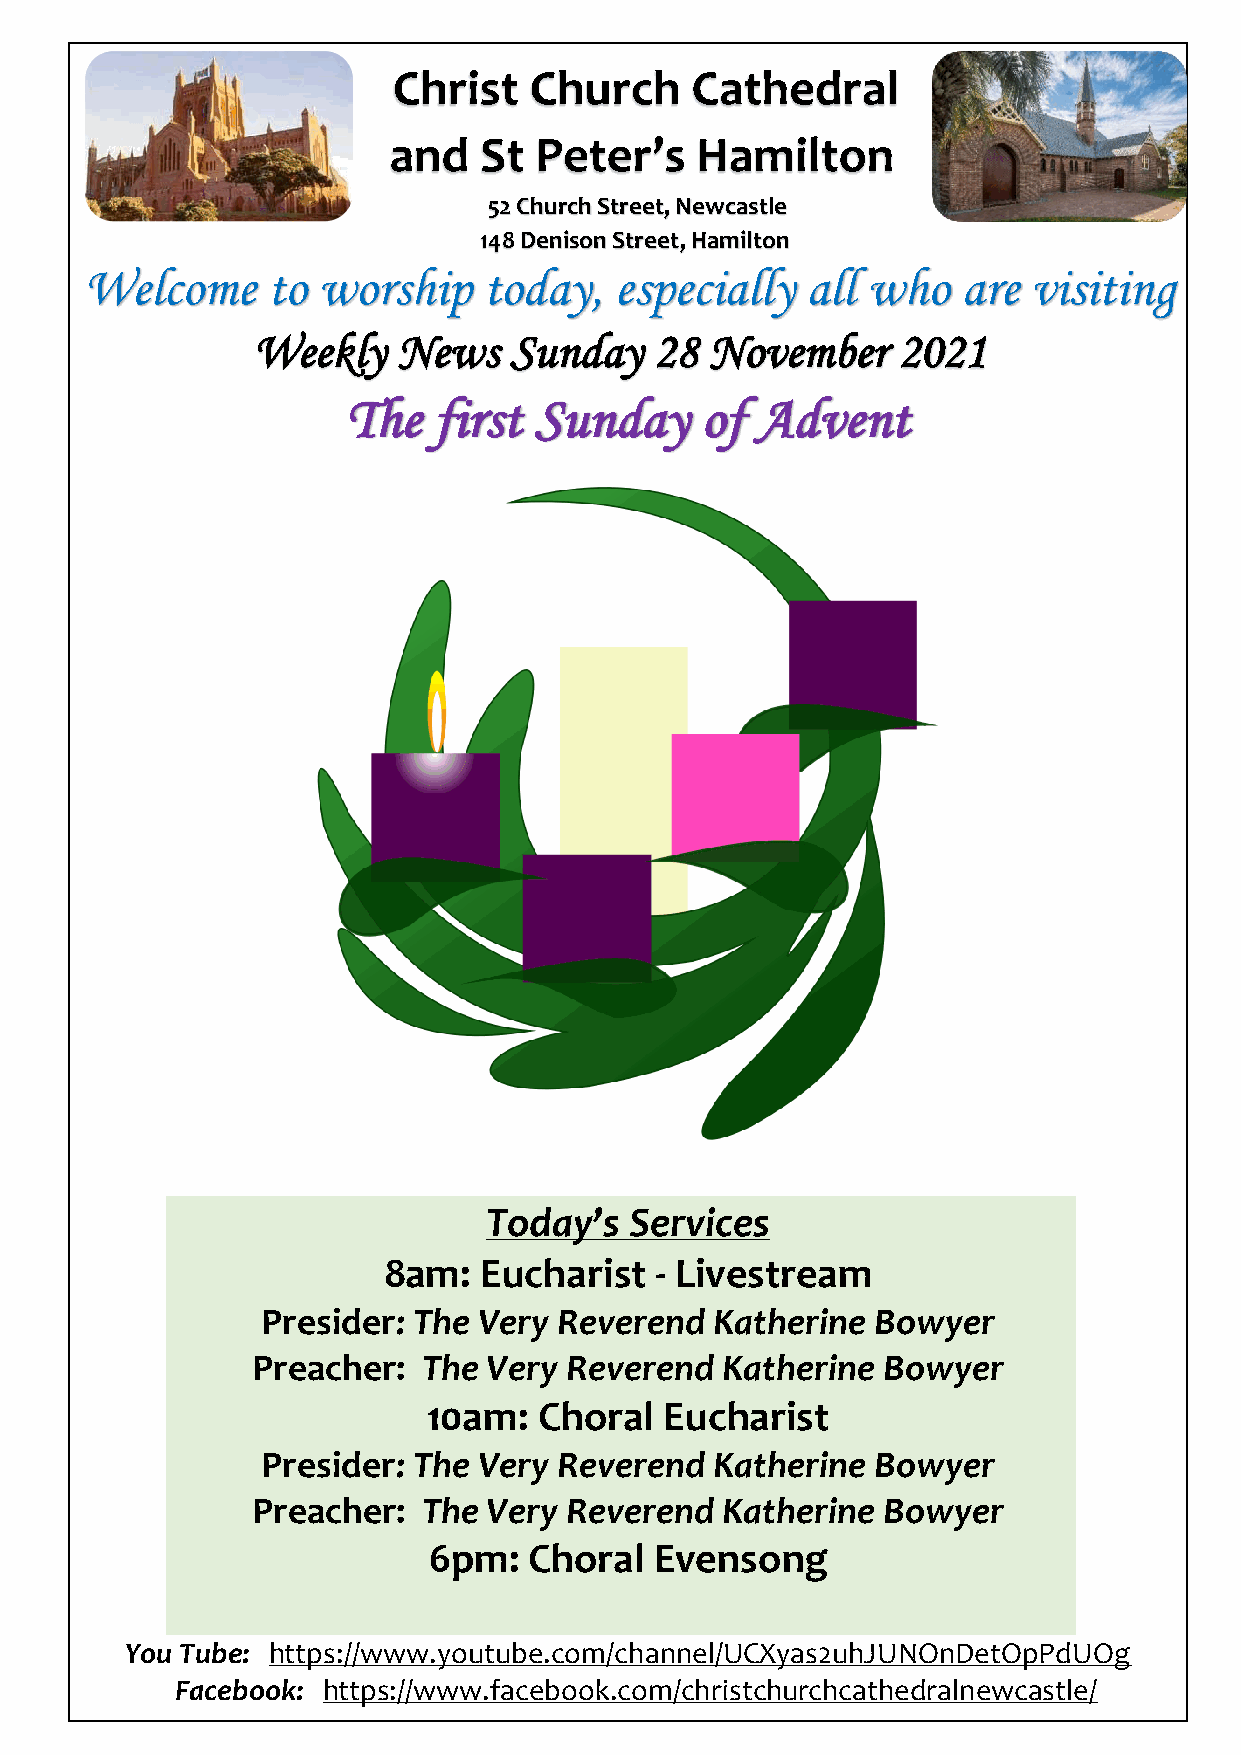
Christ   Church     Cathedral
 and   St Peter’s    Hamilton
 52 Church Street, Newcastle
 148 Denison Street, Hamilton
 Welcome     to worship    today,   especially  all who    are visiting
 Weekly   News    Sunday   28  November    2021
 The   first Sunday     of  Advent
 Today’s   Services
 8am:   Eucharist  - Livestream
 Presider: The  Very Reverend  Katherine  Bowyer
 Preacher:  The Very Reverend   Katherine Bowyer
 10am:   Choral  Eucharist
 Presider: The  Very Reverend  Katherine  Bowyer
 Preacher:  The Very Reverend   Katherine Bowyer
 6pm:   Choral  Evensong
 You Tube: https://www.youtube.com/channel/UCXyas2uhJUNOnDetOpPdUOg
 Facebook: https://www.facebook.com/christchurchcathedralnewcastle/